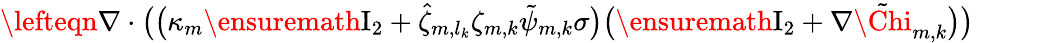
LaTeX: \begin{array}{rl}{\lefteqn{\nabla\cdot\bigl(\bigl(\kappa_{m}\ensuremath{\mathrm{I}_{2}}+\hat{\zeta}_{m,l_{k}}\zeta_{m,k}\tilde{\psi}_{m,k}\sigma\bigr)\bigl(\ensuremath{\mathrm{I}_{2}}+\nabla\tilde{\Chi}_{m,k}\bigr)\bigr)}\qquad}&{{}}\end{array}